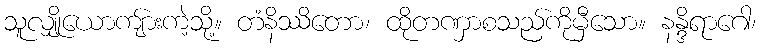
သူလျှိုယောကျ်ားကဲ့သို့။ တံနိဿိတော၊ ထိုတဏှာစသည်ကိုမှီသော။ နန္ဒိရာဂေါ၊